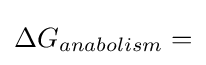
\Delta G_{anabolism}=